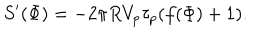
S ^ { \prime } ( \Phi ) = - 2 \pi R V _ { p } \tau _ { p } ( f ( \Phi ) + 1 ) .